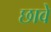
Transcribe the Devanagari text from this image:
छावे